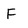
Character: F